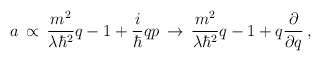
\begin{align*}a \, \propto \, \frac{m^2}{ \lambda \hbar^2} q - 1 + \frac{i}{\hbar} q p\, \rightarrow \,\frac{m^2}{ \lambda \hbar^2} q - 1 + q \frac{ \partial }{ \partial q }\, ,\end{align*}